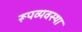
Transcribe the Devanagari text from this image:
रूपव्यवस्था